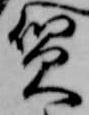
質